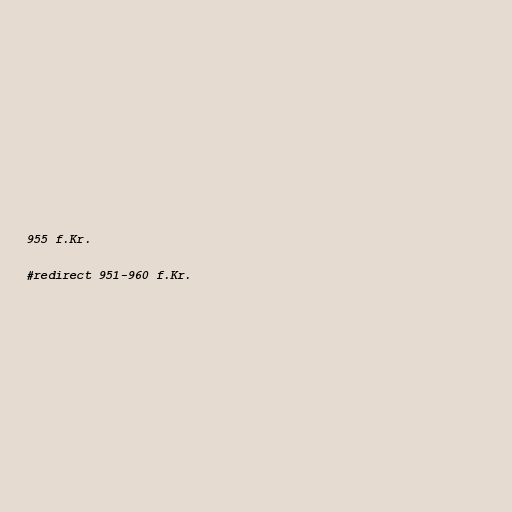
955 f.Kr.

#redirect 951-960 f.Kr.